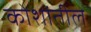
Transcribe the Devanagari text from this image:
कोशांतील